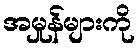
အမှုန်များကို